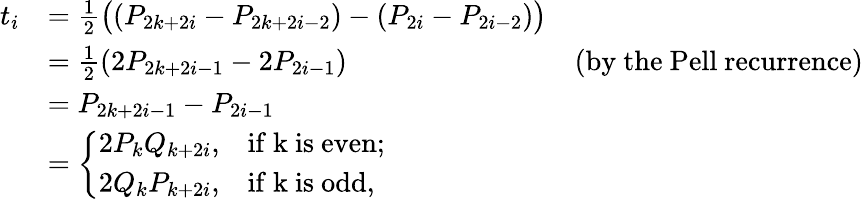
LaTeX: \begin{array}{rlr}{t_{i}}&{=\frac{1}{2}\bigl((P_{2k+2i}-P_{2k+2i-2})-(P_{2i}-P_{2i-2})\bigr)}\\ &{=\frac{1}{2}(2P_{2k+2i-1}-2P_{2i-1})}&{\mathrm{(by~the~Pell~recurrence)}}\\ &{=P_{2k+2i-1}-P_{2i-1}}\\ &{=\left\{ \begin{array}{ll}{2P_{k}Q_{k+2i},}&{\mathrm{if~k~is~even};}\\ {2Q_{k}P_{k+2i},}&{\mathrm{if~k~is~odd},}\end{array}\right.}\end{array}